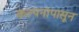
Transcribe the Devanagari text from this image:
कल्पनांपासून